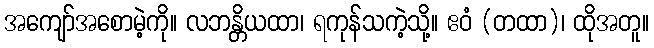
အကျော်အစောမဲ့ကို။ လဘန္တိယထာ၊ ရကုန်သကဲ့သို့။ ဧဝံ (တထာ)၊ ထိုအတူ။